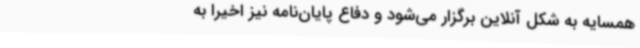
همسایه به شکل آنلاین برگزار می‌شود و دفاع پایان‌نامه نیز اخیرا به